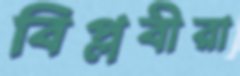
বিপ্লবীরা